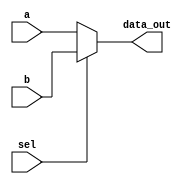
module Mux
(
	input [63:0] a,
	input [63:0] b,
	input  sel,
	
	output reg [63:0]data_out
);

//assign data_out = sel? b:a ;

always @ (a, b, sel)
begin
	if (!sel)
		data_out = a;
	else
		data_out = b;
end

endmodule